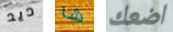
ديد شا اضعك